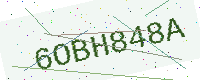
Text: 6OBH848A